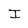
Character: I